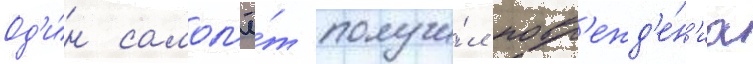
Од'и́н самол'ё́т получи́л повр'ежд'е́н'иа